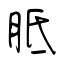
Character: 胝